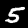
Label: 5